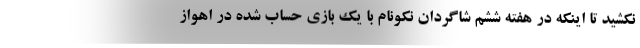
نکشید تا اینکه در هفته ششم شاگردان نکونام با یک بازی حساب شده در اهواز